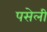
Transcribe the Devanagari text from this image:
पसेली